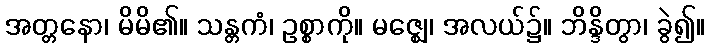
အတ္တနော၊ မိမိ၏။ သန္တကံ၊ ဥစ္စာကို။ မဇ္ဈေ၊ အလယ်၌။ ဘိန္ဒိတွာ၊ ခွဲ၍။